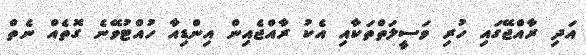
އަދި ރާއްޖޭގައި ހުރި ވަސީލަތްތަކާއި އެކު ރާއްޖެއިން އިންޑިއާ ހުއްޓުވޭނެ ގޮތެއް ނެތް